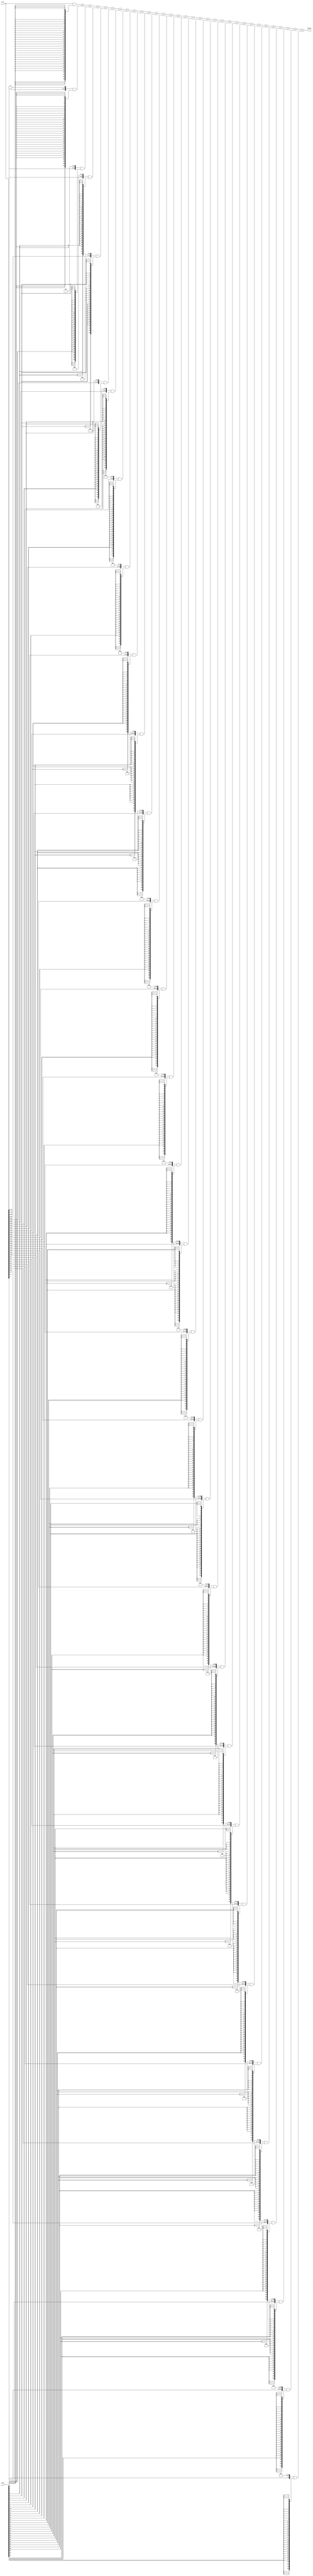
module Multiplicador 
(
	input [31:0] a_i,
	input [31:0] b_i,
	
	output reg [31:0] result
);

wire [31:0]r1;
wire [31:0]r2;
wire [31:0]r3;
wire [31:0]r4;
wire [31:0]r5;
wire [31:0]r6;
wire [31:0]r7;
wire [31:0]r8;
wire [31:0]r9;
wire [31:0]r10;
wire [31:0]r11;
wire [31:0]r12;
wire [31:0]r13;
wire [31:0]r14;
wire [31:0]r15;
wire [31:0]r16;
wire [31:0]r17;
wire [31:0]r18;
wire [31:0]r19;
wire [31:0]r20;
wire [31:0]r21;
wire [31:0]r22;
wire [31:0]r23;
wire [31:0]r24;
wire [31:0]r25;
wire [31:0]r26;
wire [31:0]r27;
wire [31:0]r28;
wire [31:0]r29;
wire [31:0]r30;
wire [31:0]r31;
wire [31:0]r32;

wire [31:0] carry;
wire [31:0] results[31:0];


assign r1 = a_i & {32{b_i[0]}};
assign r2 = {a_i[30:0], 1'h0} & {32{b_i[1]}};
assign r3 = {a_i[29:0], 2'h0} & {32{b_i[2]}};
assign r4 = {a_i[28:0], 3'h0} & {32{b_i[3]}};
assign r5 = {a_i[27:0], 4'h0} & {32{b_i[4]}};
assign r6 = {a_i[26:0], 5'h00} & {32{b_i[5]}};
assign r7 = {a_i[25:0], 6'h00} & {32{b_i[6]}};
assign r8 = {a_i[24:0], 7'h00} & {32{b_i[7]}};
assign r9 = {a_i[23:0], 8'h00} & {32{b_i[8]}};
assign r10 = {a_i[22:0], 9'h000} & {32{b_i[9]}};
assign r11 = {a_i[21:0], 10'h000} & {32{b_i[10]}};
assign r12 = {a_i[20:0], 11'h000} & {32{b_i[11]}};
assign r13 = {a_i[19:0], 12'h000} & {32{b_i[12]}};
assign r14 = {a_i[18:0], 13'h0000} & {32{b_i[13]}};
assign r15 = {a_i[17:0], 14'h0000} & {32{b_i[14]}};
assign r16 = {a_i[16:0], 15'h0000} & {32{b_i[15]}};
assign r17 = {a_i[15:0], 16'h0000} & {32{b_i[16]}};
assign r18 = {a_i[14:0], 17'h00000} & {32{b_i[17]}};
assign r19 = {a_i[13:0], 18'h00000} & {32{b_i[18]}};
assign r20 = {a_i[12:0], 19'h00000} & {32{b_i[19]}};
assign r21 = {a_i[11:0], 20'h00000} & {32{b_i[20]}};
assign r22 = {a_i[10:0], 21'h000000} & {32{b_i[21]}};
assign r23 = {a_i[9:0], 22'h000000} & {32{b_i[22]}};
assign r24 = {a_i[8:0], 23'h000000} & {32{b_i[23]}};
assign r25 = {a_i[7:0], 24'h000000} & {32{b_i[24]}};
assign r26 = {a_i[6:0], 25'h0000000} & {32{b_i[25]}};
assign r27 = {a_i[5:0], 26'h0000000} & {32{b_i[26]}};
assign r28 = {a_i[4:0], 27'h0000000} & {32{b_i[27]}};
assign r29 = {a_i[3:0], 28'h0000000} & {32{b_i[28]}};
assign r30 = {a_i[2:0], 29'h00000000} & {32{b_i[29]}};
assign r31 = {a_i[1:0], 30'h00000000} & {32{b_i[30]}};
assign r32 = {a_i[0], 31'h00000000} & {32{b_i[31]}};



always@(a_i or b_i)
begin
	result = r1+r2+r3+r4+r5+r6+r7+r8+r9+r10+r11+r12+r13+r14+r15+r16+r17+r18+r19+r20+r21+r22+r23+r24+r25+r26+r27+r28+r29+r30+r31+r32;
end




endmodule